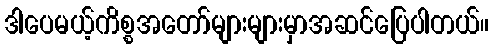
ဒါပေမယ့်ကိစ္စအတော်များများမှာအဆင်ပြေပါတယ်။